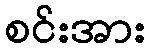
စင်းအား